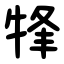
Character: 㸼